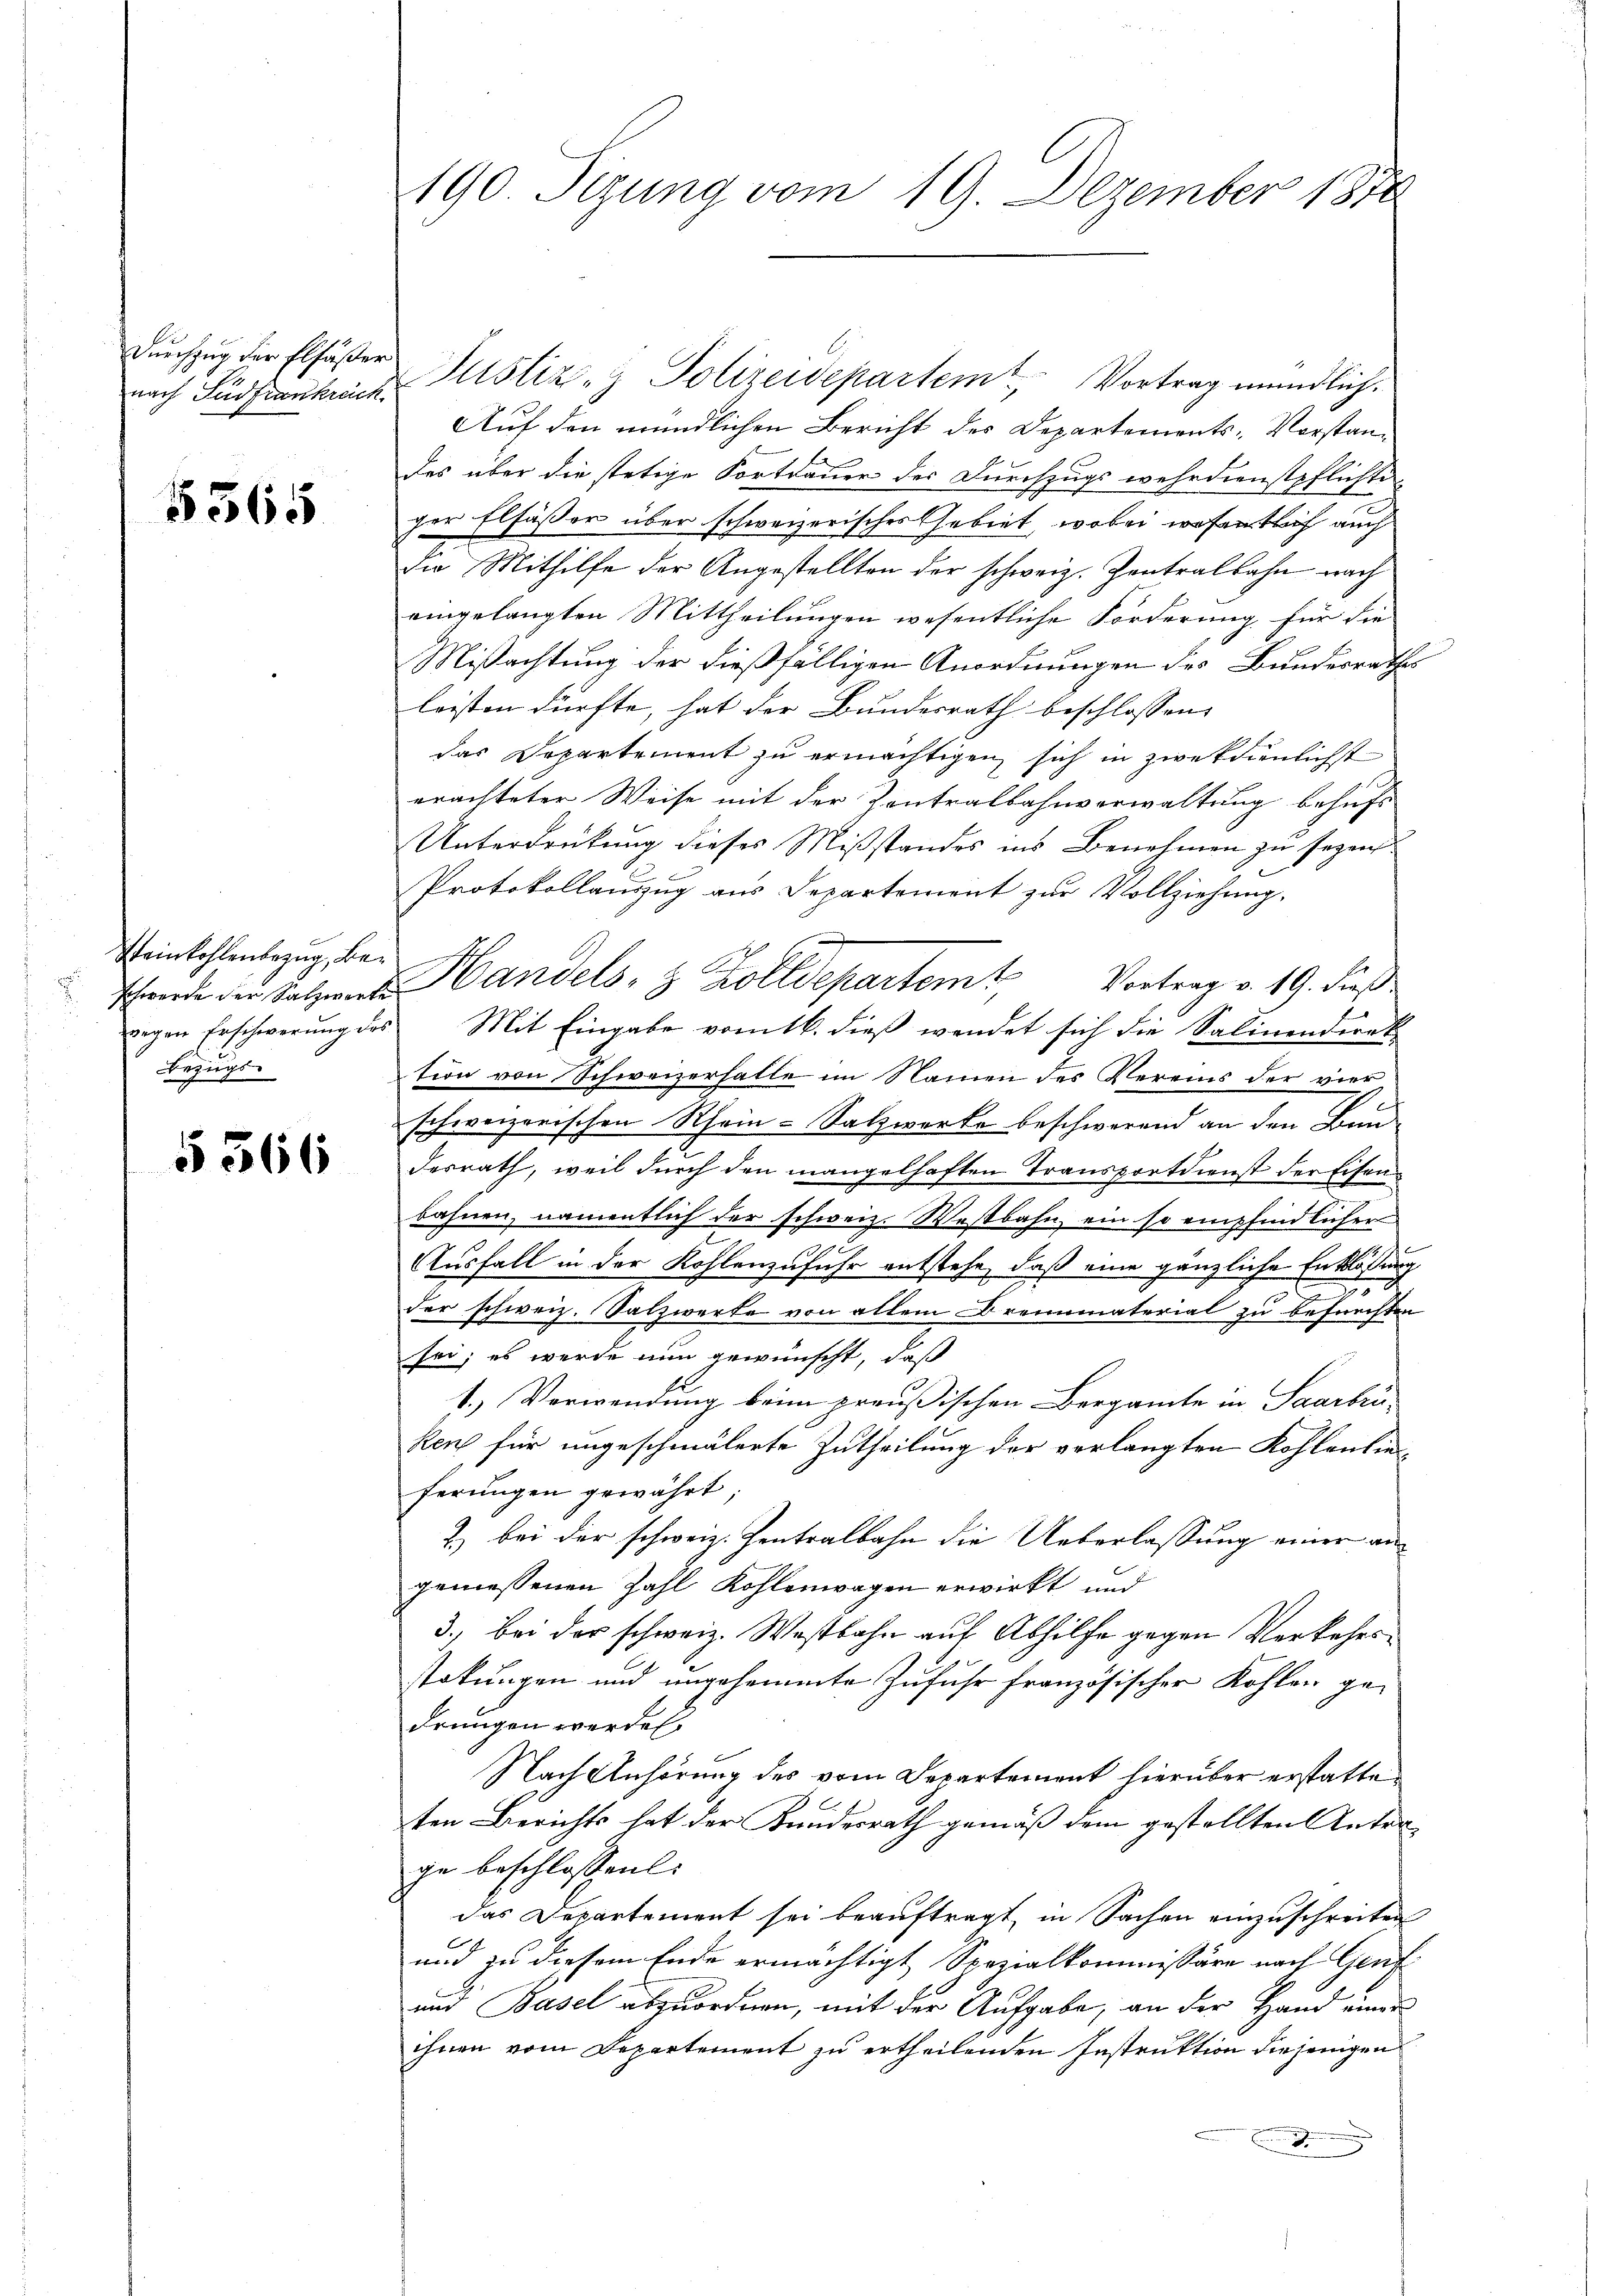
nach Südfrankreich.

5565

Steinkohlenbezug, Be¬
Bezugs-

§ 566

190. Sezung vom 19. Dezember 1830

Dŭrchzug der Elfäßer Justiz- & Polizeidepartem Vortrag mündlich.
Auf den mündlichen Bericht des Departements-Vorstandes über die stetige Fortdauer der Durchzugs wehrdienstpflichte
ger Elsässer über schweizerisches Gebiet, wobei wesentlich auch
die Mithilfe der Angestellten der schweiz. Zentralbahn nach
eingelangten Mittheilungen wesentliche Forderung für die
Mißachtung der dießfälligen Anordnungen des Bundesrathes
leisten dürfte, hat der Bundesrath beschlossen,
das Departement zu ermächtigen, sich in zweckdienlichst
erachteter Weise mit der Zentralbahnverwaltung behufs
Unterdrückung dieses Mißstandes ins Benehmen zu sezen

Protokollanzug aus Departement zur Vollziehung.
Schwerde der Salzen andels- & Zolldepartemt, Vortrag v. 19. dieß
gegen Erschwerung des Mit Eingabe vom 16. dieß wendet sich die Salinendirek-
tion von Schweizerfalle im Namen des Vereins der vier
schweizerischen Rhein-Salzwerke beschwerend an den Bun-
desrath, weil durch den mangelhaften Transportdienst der Eisenbahnen, namentlich der schweiz. Westbahn ein so empfindlicher
Ausfall in der Kohlenzufuhr entstehe, daß eine gänzliche Entblödung
n
.
der schweiz. Salzwerke von allem Brennmaterial zu befürchten
sei; es werde nun gewünscht, daß
1.) Verwendung beim preußischen Bergante in Saarbrü-
kens für ungeschmälerte Zutheilung der verlangten Kohlenlieferŭngen gewährt;
2) bei der schweiz. Zentralbahn die Ueberlassung einer angemessenen Zahl Kohlenwagen erwirkt und
3.) Bei der schweiz. Westbahn auf Abhilfe gegen Verkehrssokungen und ungesammte Zufuhr französischer Kohlen gedrungen werden,
Nach Anhörung des vom Departement hierüber erstatteten Berichts hat der Bundesrath gemäß dem gestellten Unterge beschlossen:
das Departement sei beauftragt, in Sachen einzuschreiten
b
und zu diesem Ende ermächtigt Spezialkommissäre nach Genf
und Basel abzuordnen, mit der Aufgabe, an der Hand einer
ihnen vom Departement zu ertheilenden Instruktion diejenigen